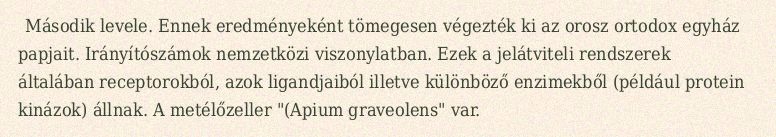
Második levele. Ennek eredményeként tömegesen végezték ki az orosz ortodox egyház papjait. Irányítószámok nemzetközi viszonylatban. Ezek a jelátviteli rendszerek általában receptorokból, azok ligandjaiból illetve különböző enzimekből (például protein kinázok) állnak. A metélőzeller "(Apium graveolens" var.